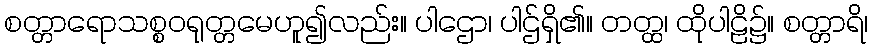
စတ္တာရောသစ္စဝရုတ္တမေဟူ၍လည်း။ ပါဌော၊ ပါဌ်ရှိ၏။ တတ္ထ၊ ထိုပါဠိ၌။ စတ္တာရိ၊